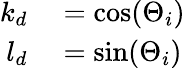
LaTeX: \begin{array}{rl}{k_{d}}&{{}=\cos(\Theta_{i})}\\ {l_{d}}&{{}=\sin(\Theta_{i})}\end{array}